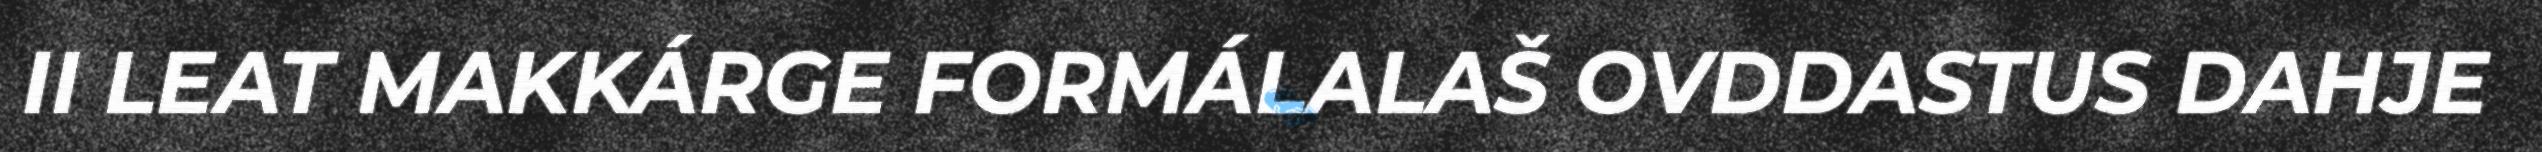
II LEAT MAKKÁRGE FORMÁLALAŠ OVDDASTUS DAHJE